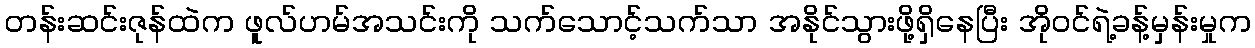
တန်းဆင်းဇုန်ထဲက ဖူလ်ဟမ်အသင်းကို သက်သောင့်သက်သာ အနိုင်သွားဖို့ရှိနေပြီး အိုဝင်ရဲ့ခန့်မှန်းမှုက